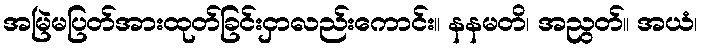
အမြဲမပြတ်အားထုတ်ခြင်းငှာလည်းကောင်း။ နနမတိ၊ အညွတ်။ အယံ၊